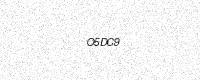
Text: O5DC9